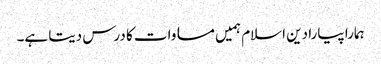
ہمارا پیارا دین اسلام ہمیں مساوات کا درس دیتا ہے۔